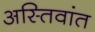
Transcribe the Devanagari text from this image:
अस्तिवांत